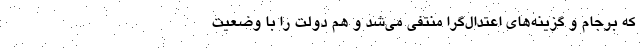
که برجام و گزینه‌های اعتدال‌گرا منتفی می‌شد و هم دولت را با وضعیت